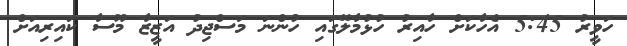
ހަވީރު 5:45 އެހާކަށް ހާއިރު ހުޅުމާލޭގައި ހުންނަ މަސްޖިދު އަޒީޒާ މޫސާ ކައިރިއަށް